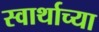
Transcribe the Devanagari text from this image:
स्वार्थाच्या